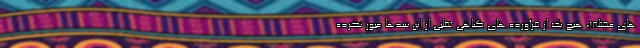
های مختلف، هیچ یک از فرآورده های گیاهی تقلبی از این سدها عبور نکرده